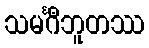
သမင်္ဂီဘူတဿ